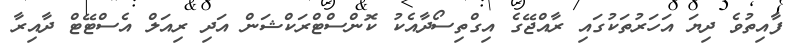
ފާއިތުވެ ދިޔަ އަހަރުތަކުގައި ރާއްޖޭގެ އިގްތިސޯދާއެކު ކޮންސްޓްރަކްޝަން އަދި ރިއަލް އެސްޓޭޓް ދާއިރާ